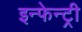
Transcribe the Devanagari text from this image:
इन्फेन्ट्री